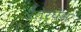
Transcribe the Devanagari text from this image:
रेंतेर्घेम